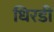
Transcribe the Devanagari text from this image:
धिरडी